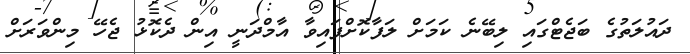
ދައުލަތުގެ ބަޖެޓްގައި ލިބޭނެ ކަމަށް ލަފާކޮށްފައިވާ އާމްދަނީ އިން ދެކޮޅު ޖެހޭ މިންވަރަށް